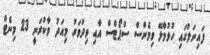
ފައިނަލުގައި ހުޅުމާލޭ ވިމެންސް ސްޕޯޓްސް އާއި ވިދުވަރު މިއަދު ވާކުރަނީ 23 މިނެޓް